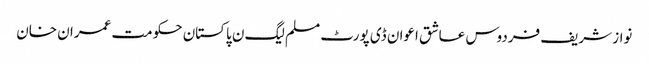
نواز شریف فردوس عاشق اعوان ڈی پورٹ مسلم لیگ ن پاکستان حکومت عمران خان